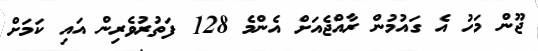
ޖޫން މަހު އެ ގައުމުން ރާއްޖެއަށް އެންމެ 128 ފަތުރުވެރިން އައި ކަމަށް